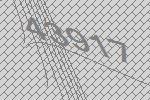
43917